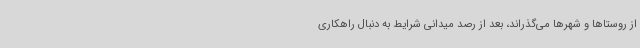
از روستاها و شهرها می‌گذراند، بعد از رصد میدانی شرایط به دنبال راهکاری